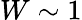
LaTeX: W\sim 1